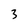
Character: 3